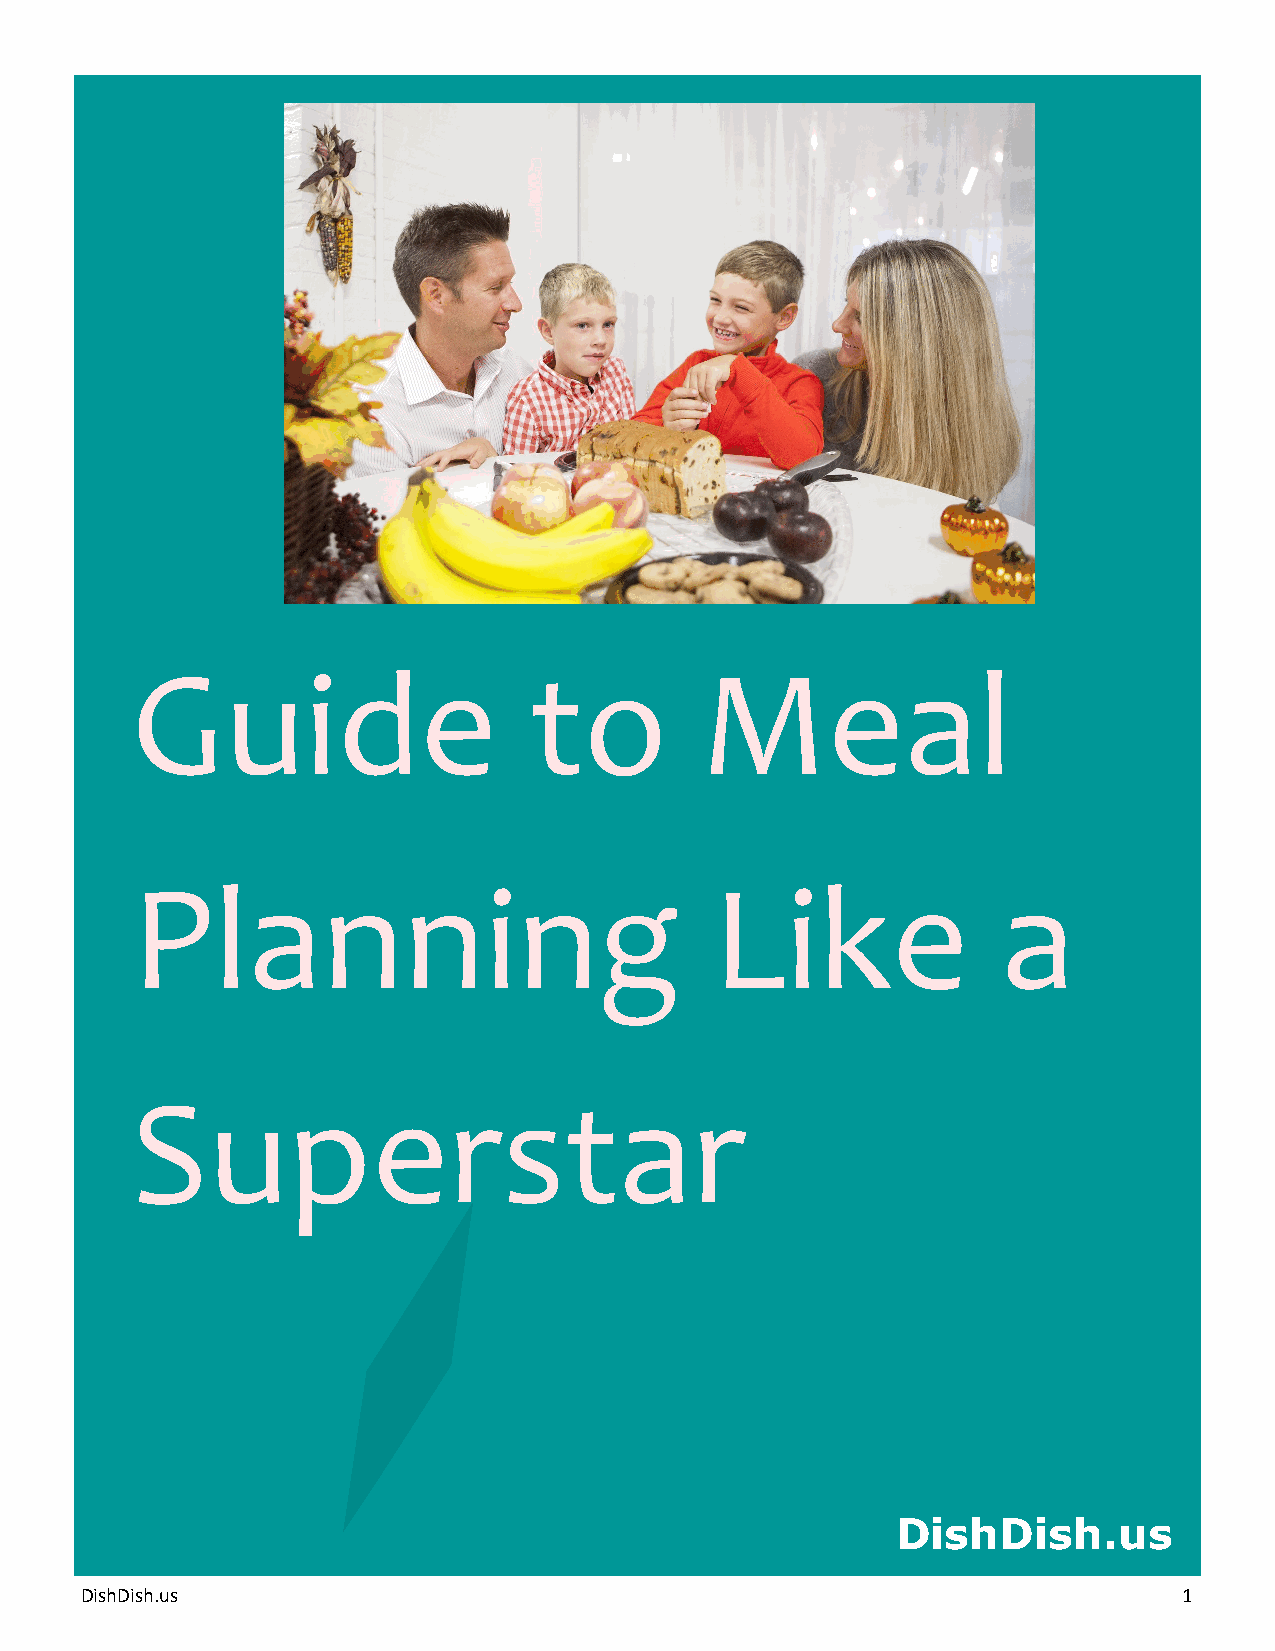
Guide                     to         Meal
 Planning                              Like               a
 Superstar
 DishDish.us
 DishDish.us                                                              1